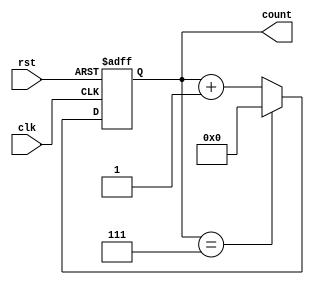
module Modulus_Counter (
  input wire clk,
  input wire rst,
  output reg [N-1:0] count
);

parameter N = 4; // Number of bits for the counter
parameter MODULUS = 8; // Modulus value

always @(posedge clk or posedge rst) begin
  if (rst) begin
    count <= 0;
  end else begin
    if (count == MODULUS - 1) begin
      count <= 0;
    end else begin
      count <= count + 1;
    end
  end
end

endmodule